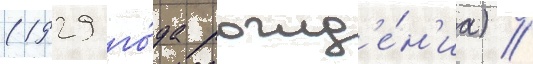
(1929 го́да рожд'е́н'иа) /